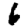
Digit: 6